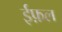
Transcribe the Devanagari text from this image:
ईफ़ल